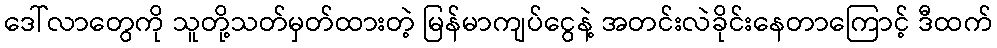
ဒေါ်လာတွေကို သူတို့သတ်မှတ်ထားတဲ့ မြန်မာကျပ်ငွေနဲ့ အတင်းလဲခိုင်းနေတာကြောင့် ဒီထက်